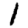
Digit: 1